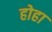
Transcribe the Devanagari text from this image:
होहा